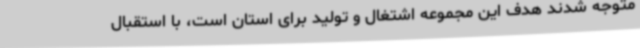
متوجه شدند هدف این مجموعه اشتغال و تولید برای استان است، با استقبال